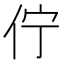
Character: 佇